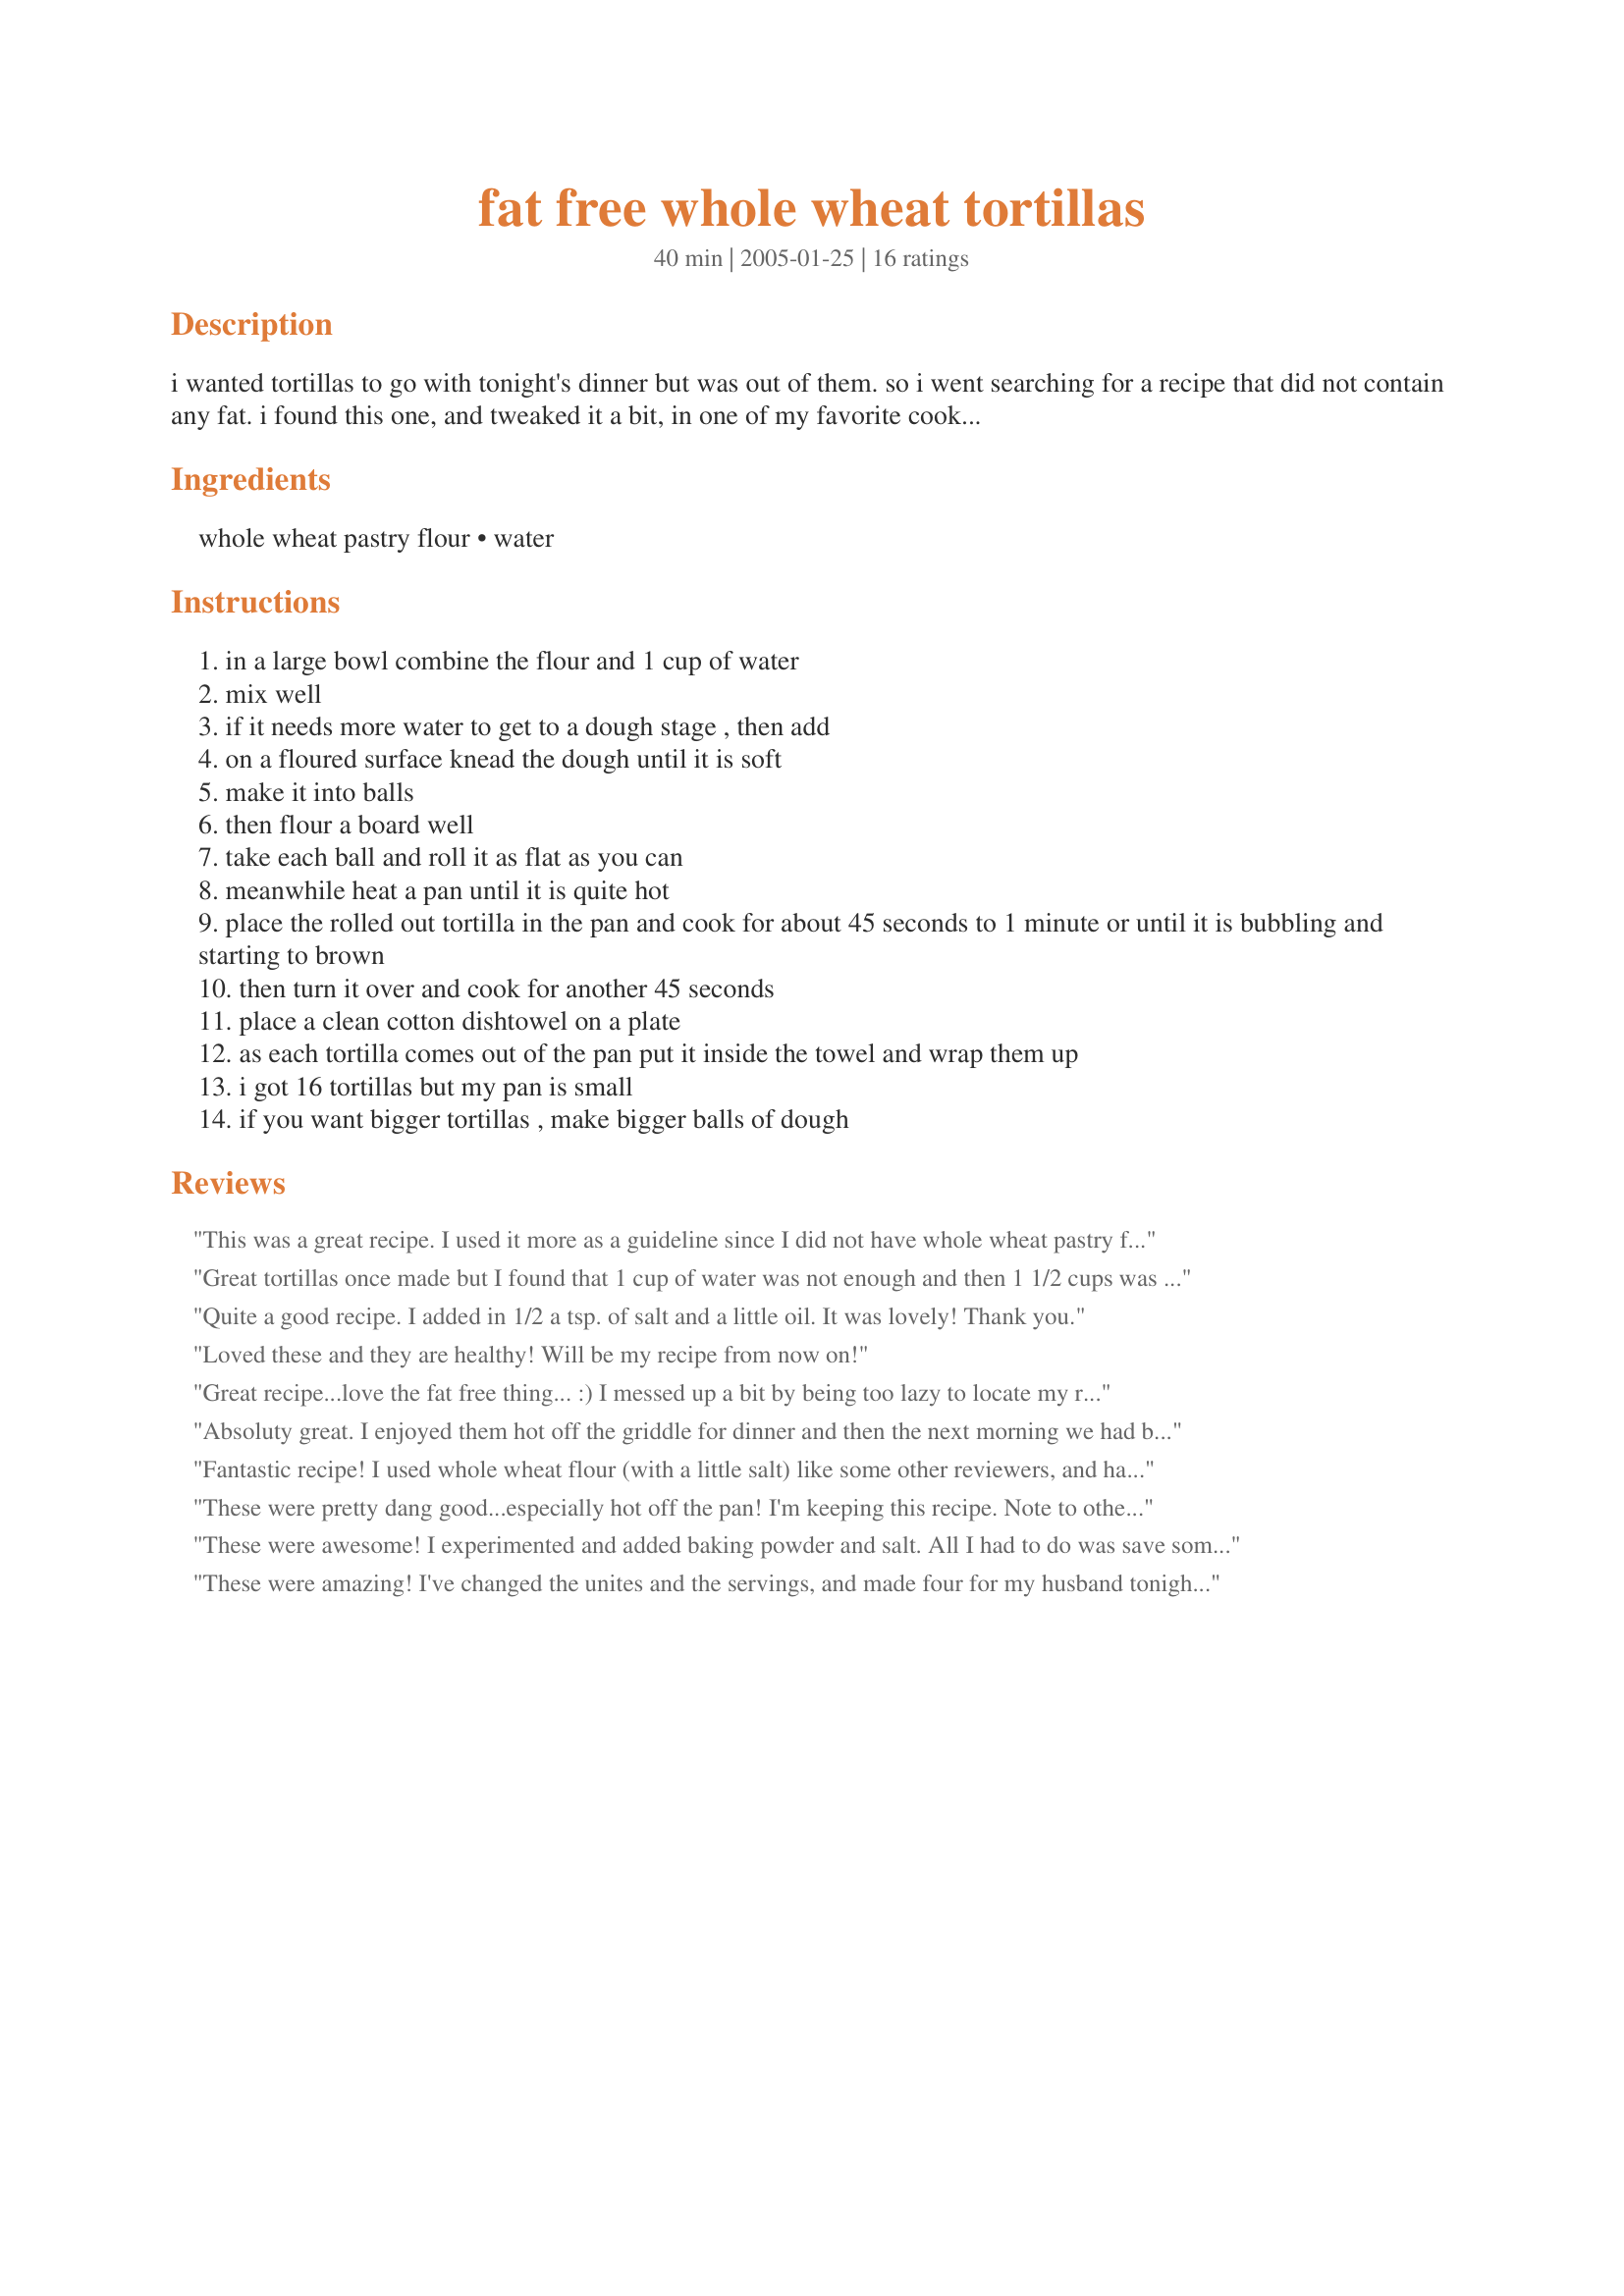
fat free whole wheat tortillas
Preparation time: 40 minutes

i wanted tortillas to go with tonight's dinner but was out of them. so i went searching for a recipe that did not contain any fat. i found this one, and tweaked it a bit, in one of my favorite cookbooks

Ingredients:
whole wheat pastry flour, water

Steps:
in a large bowl combine the flour and 1 cup of water
mix well
if it needs more water to get to a dough stage , then add
on a floured surface knead the dough until it is soft
make it into balls
then flour a board well
take each ball and roll it as flat as you can
meanwhile heat a pan until it is quite hot
place the rolled out tortilla in the pan and cook for about 45 seconds to 1 minute or until it is bubbling and starting to brown
then turn it over and cook for another 45 seconds
place a clean cotton dishtowel on a plate
as each tortilla comes out of the pan put it inside the towel and wrap them up
i got 16 tortillas but my pan is small
if you want bigger tortillas , make bigger balls of dough

Reviews:
This was a great recipe. I used it more as a guideline since I did not have whole wheat pastry flour, only bread flour . They worked like a charm and saved me from heading out to the grocery store. I made a half recipe. I've only ever had the tortillas with fat and other ingredients that needed the raising period. These had that nice fresh taste rather than the store bought stale taste. My husband heated up the stuff to make soft tacos in the time it took to make these with my stand mixer! Nice recipe.
Great tortillas once made but I found that 1 cup of water was not enough and then 1 1/2 cups was too much and I had to add heaps of flour to get the right consistency as it was so sticky. I would err on adding 1 cup of water and being VERY cautious with adding the rest.
Quite a good recipe. I added in 1/2 a tsp. of salt and a little oil. It was lovely! Thank you.
Loved these and they are healthy! Will be my recipe from now on!
Great recipe...love the fat free thing... :) I messed up a bit by being too lazy to locate my rolling pin, so mine aren't right, but now that I know, I'm sure I can handle this. LOL! Thanks, ladypit! Another great one from one great mommy!
Absoluty great. I enjoyed them hot off the griddle for dinner and then the next morning we had breakfast burritos and I just warmed them in the microwave. Easy to make and delicious.
Fantastic recipe! I used whole wheat flour (with a little salt) like some other reviewers, and halved the recipe. Black bean burritos, anyone? They turned out SO good and this will be my go-to tortilla recipe from now on.
These were pretty dang good...especially hot off the pan! I'm keeping this recipe. Note to others: I tried to save a few to use with another recipe, but they got pretty stiff after being in the fridge, so my recommendation is eat 'em while they're hot! And with this recipe, it's not hard!
These were awesome! I experimented and added baking powder and salt. All I had to do was save some in Saran Wrap and there was my wrap for lunch! This kept them soft without refrigeration for up to 3 days. I also used regular 100% whole wheat flour and they came out great!
These were amazing! I've changed the unites and the servings, and made four for my husband tonight. This was the first time he (a proud Italian:) ) liked something different from pasta with tomatoes! Thanks for shareing! Five stars;)
I tried this recipe, it works great and is so easy. I did use 1 cup water plus just enough to make the dough. I made 13 from it and I froze 12 of them. I had made just 3 the other day and froze one, it was still so flexible and delicious a week later. Since there are just two of us I can't use all of them at one time. We eat a lot of veggie wraps and these are perfect and FAT FREE!
I also bought a pkg of two of these flexible cutting boards and one of these is wonderful to roll out the tortillas on. I put a piece of the rubber shelf liner underneath to keep it from sliding around. And the clean up was very quick and easy.
Great recipe! I added in 1 t salt and 1 t baking powder for a little more taste and lightness and used regular whole wheat flour. I am using these with some Recipe #222519 to make Cheese Enchiladas tonight for our Olympic Around the World week menu. Thanks, ladypit!
I followed SweetsLady&#039;s advice and added the salt and baking powder. I also cheated a bit and used 1 cup of all-purpose with 2 cups of whole wheat, but these were great. I also made a batch to freeze - I only had them in the freezer for a couple of weeks, but they froze nicely. I&#039;ve used these (so far) for enchiladas and chicken caesar wraps. Thanks!
Love it! These are so quick and easy to make and are really delicious. Thank you!
Great recipe I'm a diabetic and this tortillas are perfect for me.they're soft and I love them! 

Marylou
I made this with white whole-wheat flour and I don't notice a difference between this and my usual tortilla recipe (which calls for 1/3 cup of oil). I did add 1/2 teaspoon of salt and a 1/2 teaspoon of baking powder, which gave the tortillas a lighter, more flatbread-type texture. They were wonderful! And fat free!
